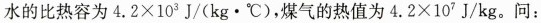
水的比热容为$$4 . 2 \times 1 0 ^ { 3 } $$J/(kg·℃)，煤气的热值为$$4 . 2 \times1 0 ^ { 7 }$$ J/kg。问：